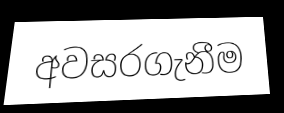
අවසරගැනීම